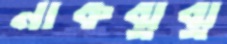
নাকঝুঝু